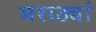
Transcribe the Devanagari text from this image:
मराठ्यां